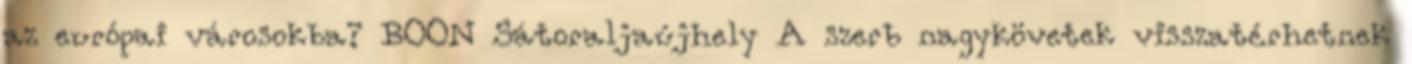
az európai városokba? BOON Sátoraljaújhely A szerb nagykövetek visszatérhetnek